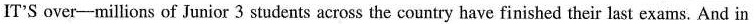
IT'S over-millions of Junior 3 students across the country have finished their last exams. And in